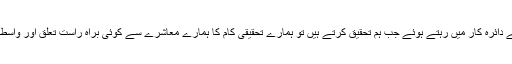
اس نصاب کے دائرہ کار میں رہتے ہوئے جب ہم تحقیق کرتے ہیں تو ہمارے تحقیقی کام کا ہمارے معاشرے سے کوئی براہ راست تعلق اور واسطہ نہیں بن پاتا۔